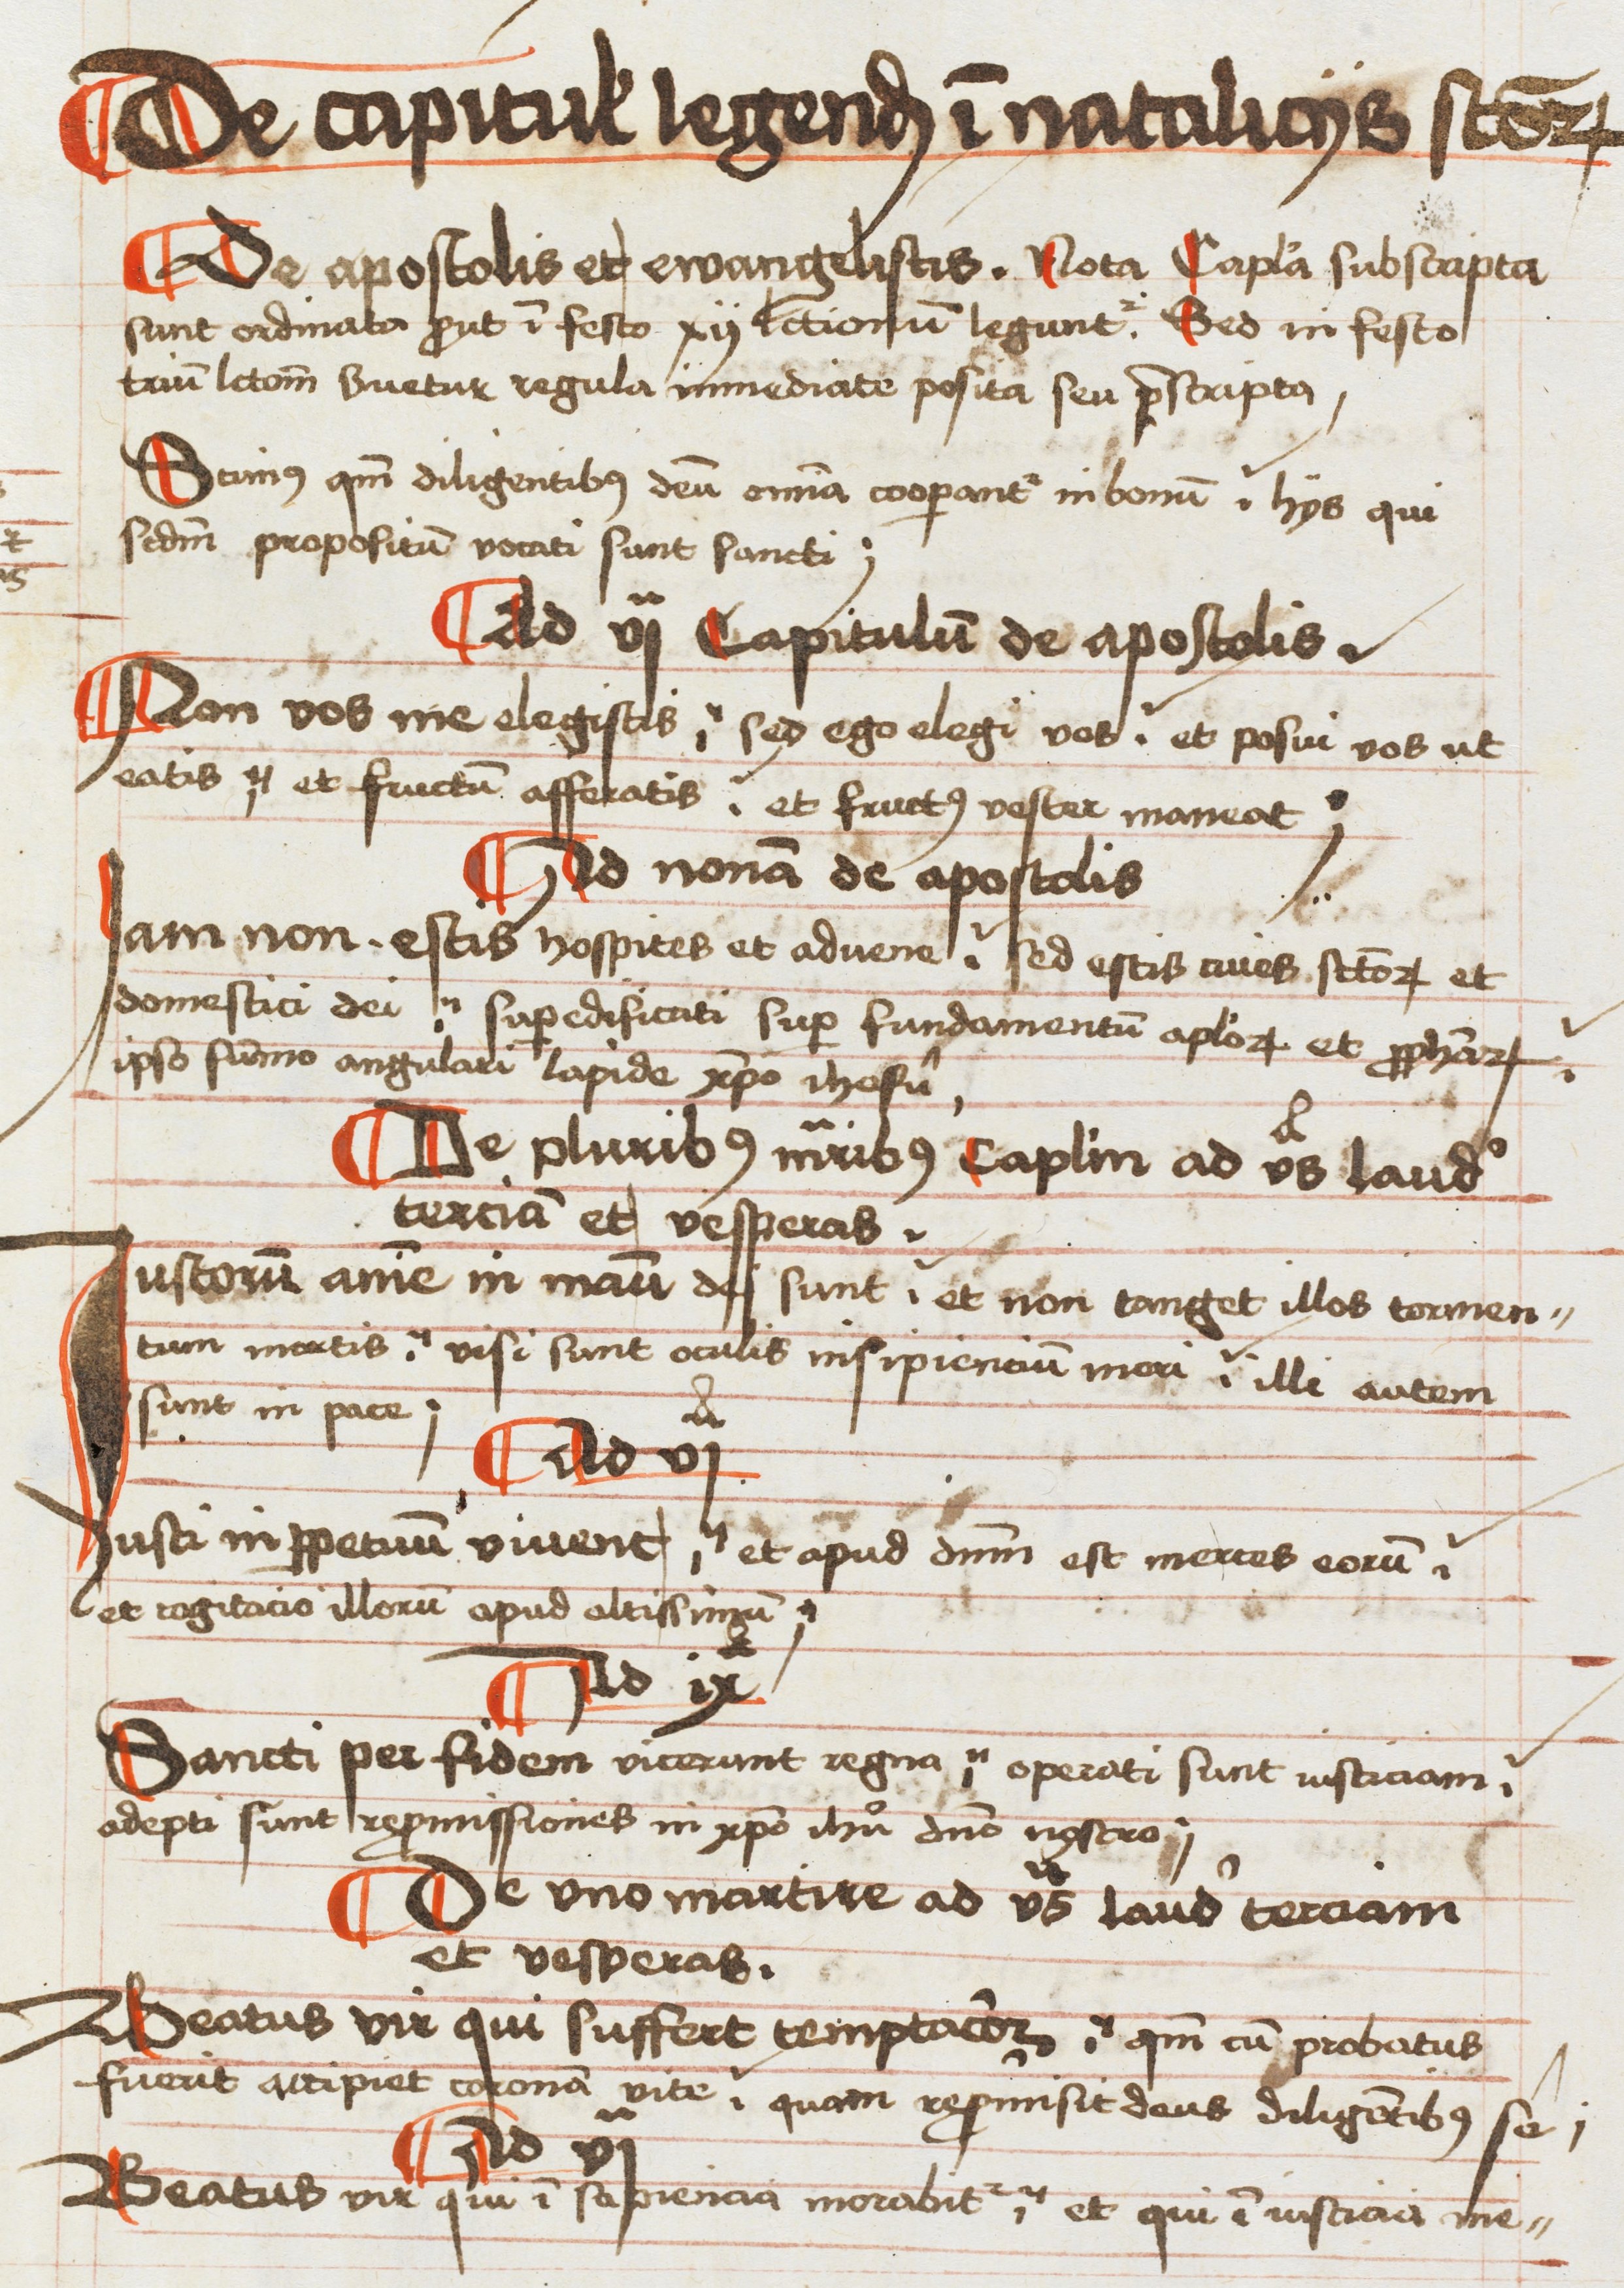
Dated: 1496–1498